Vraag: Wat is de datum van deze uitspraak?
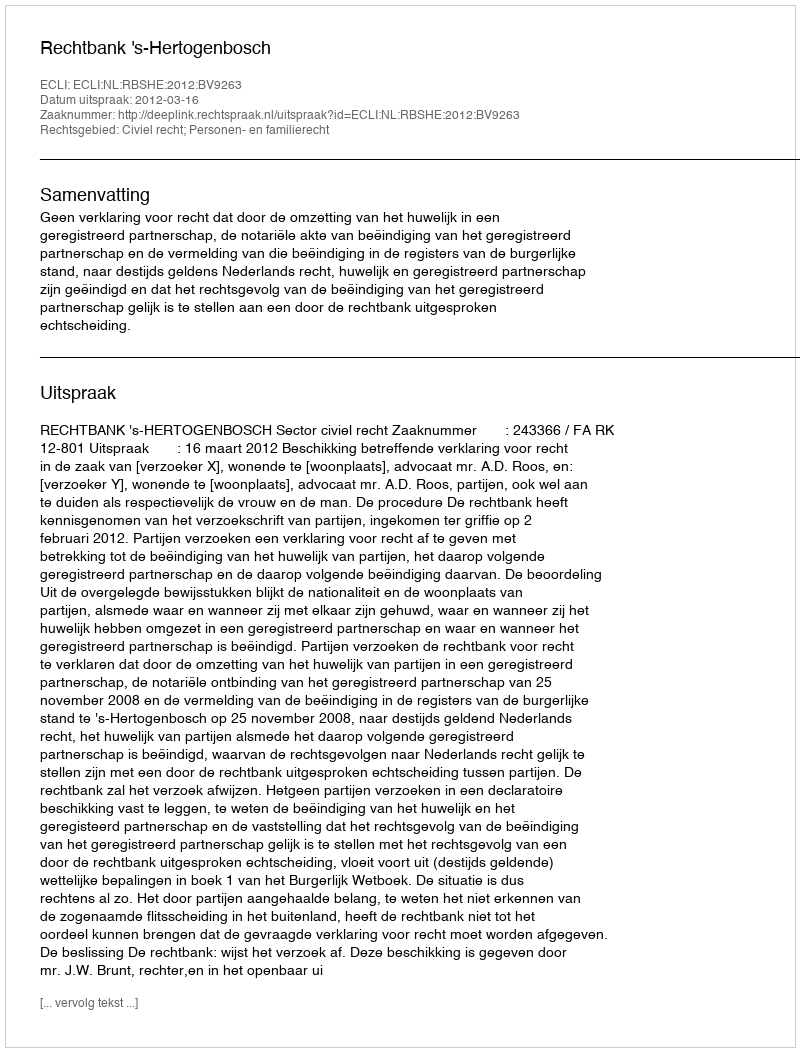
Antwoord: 2012-03-16